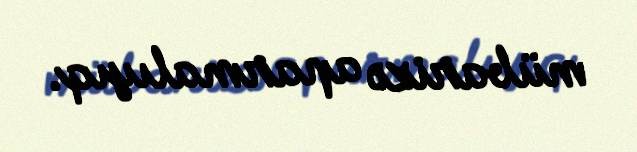
mübarizə aparmalıyıq.